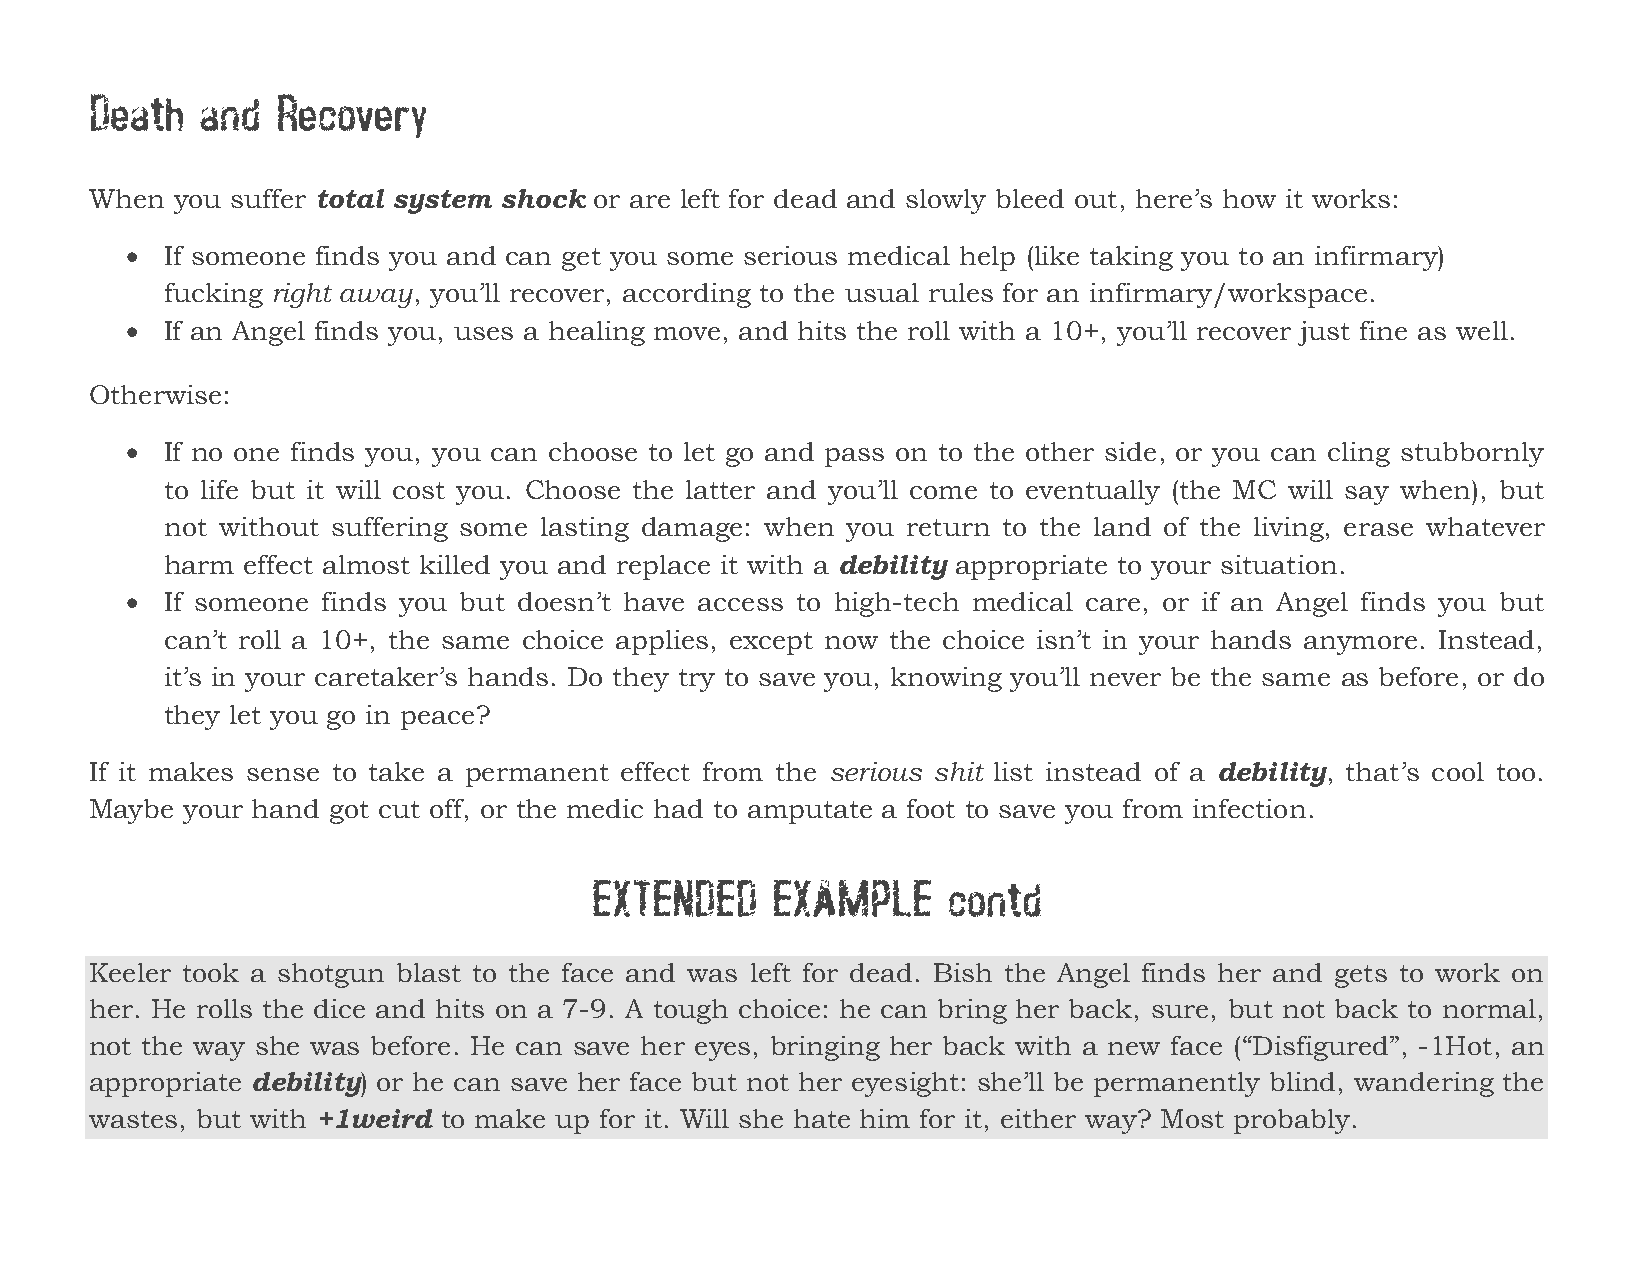
Death  and  Recovery
 When you suffer total system shock or are left for dead and slowly bleed out, here’s how it works:
   If someone finds you and can get you some serious medical help (like taking you to an infirmary)
 fucking right away, you’ll recover, according to the usual rules for an infirmary/workspace.
   If an Angel finds you, uses a healing move, and hits the roll with a 10+, you’ll recover just fine as well.
 Otherwise:
   If no one finds you, you can choose to let go and pass on to the other side, or you can cling stubbornly
 to life but it will cost you. Choose the latter and you’ll come to eventually (the MC will say when), but
 not without suffering some lasting damage: when you return to the land of the living, erase whatever
 harm effect almost killed you and replace it with a debility appropriate to your situation.
   If someone finds you but doesn’t have access to high-tech medical care, or if an Angel finds you but
 can’t roll a 10+, the same choice applies, except now the choice isn’t in your hands anymore. Instead,
 it’s in your caretaker’s hands. Do they try to save you, knowing you’ll never be the same as before, or do
 they let you go in peace?
 If it makes sense to take a permanent effect from the serious shit list instead of a debility, that’s cool too.
 Maybe your hand got cut off, or the medic had to amputate a foot to save you from infection.
 EXTENDED    EXAMPLE     contd
 Keeler took a shotgun blast to the face and was left for dead. Bish the Angel finds her and gets to work on
 her. He rolls the dice and hits on a 7-9. A tough choice: he can bring her back, sure, but not back to normal,
 not the way she was before. He can save her eyes, bringing her back with a new face (“Disfigured”, -1Hot, an
 appropriate debility) or he can save her face but not her eyesight: she’ll be permanently blind, wandering the
 wastes, but with +1weird to make up for it. Will she hate him for it, either way? Most probably.